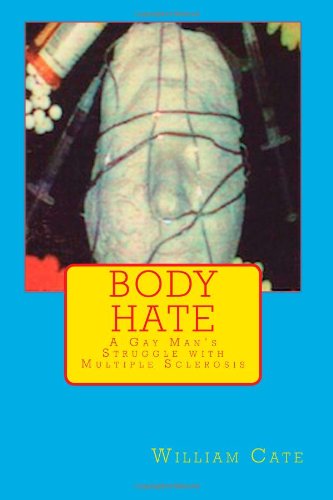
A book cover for Body Hate: A Gay Man's Struggle with Multiple Sclerosis; William Cate; Health, Fitness & Dieting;